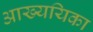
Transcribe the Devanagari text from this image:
आख्ययिका